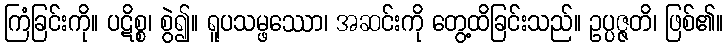
ကြံခြင်းကို။ ပဋိစ္စ၊ စွဲ၍။ ရူပသမ္ဖဿော၊ အဆင်းကို တွေ့ထိခြင်းသည်။ ဥပ္ပဇ္ဇတိ၊ ဖြစ်၏။